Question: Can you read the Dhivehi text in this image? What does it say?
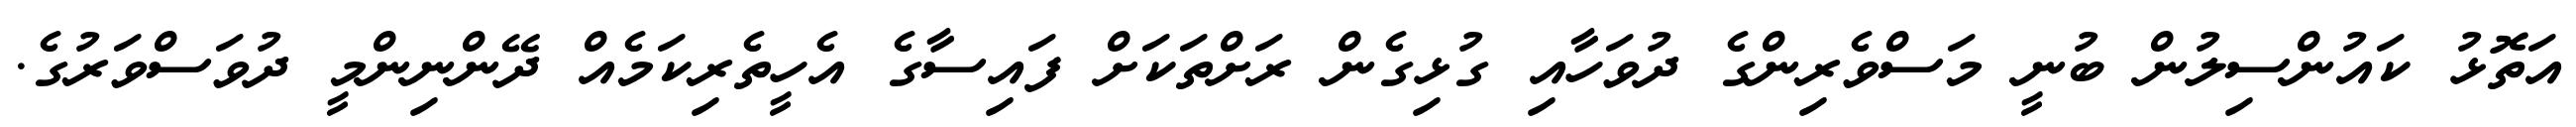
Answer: އަތޮޅު ކައުންސިލުން ބުނީ މަސްވެރިންގެ ދުވަހާއި ގުޅިގެން ރަށްތަކަށް ފައިސާގެ އެހީތެރިކަމެއް ދޭންނިންމީ ދުވަސްވަރުގެ.